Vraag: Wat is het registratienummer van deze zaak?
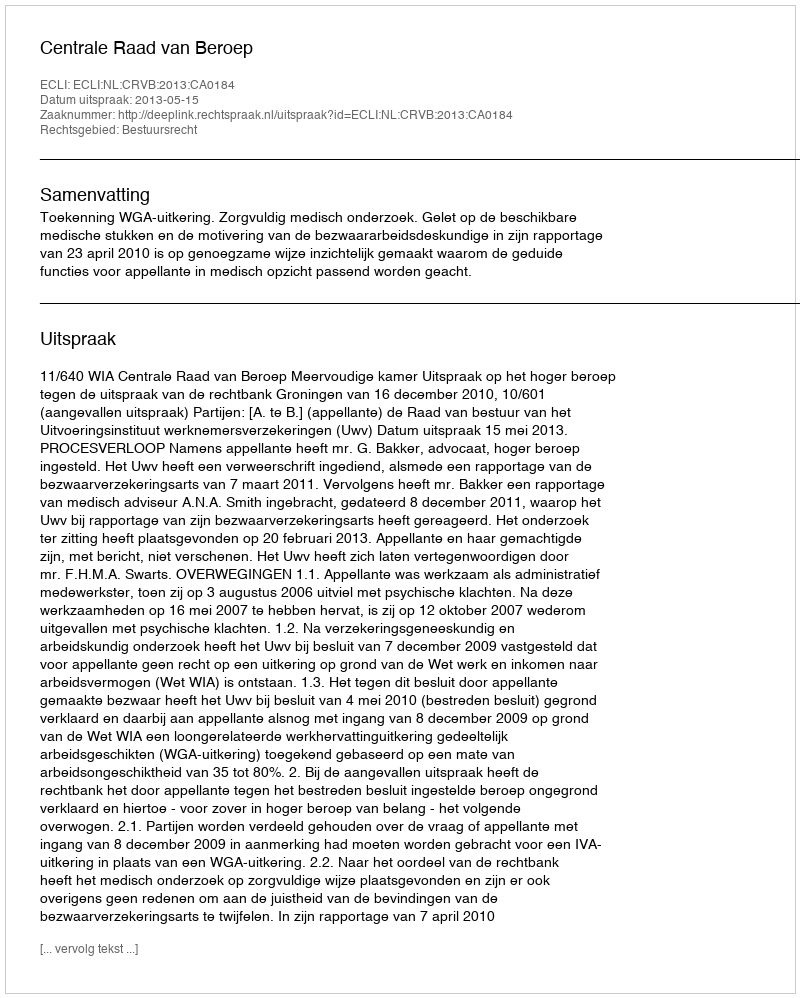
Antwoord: http://deeplink.rechtspraak.nl/uitspraak?id=ECLI:NL:CRVB:2013:CA0184